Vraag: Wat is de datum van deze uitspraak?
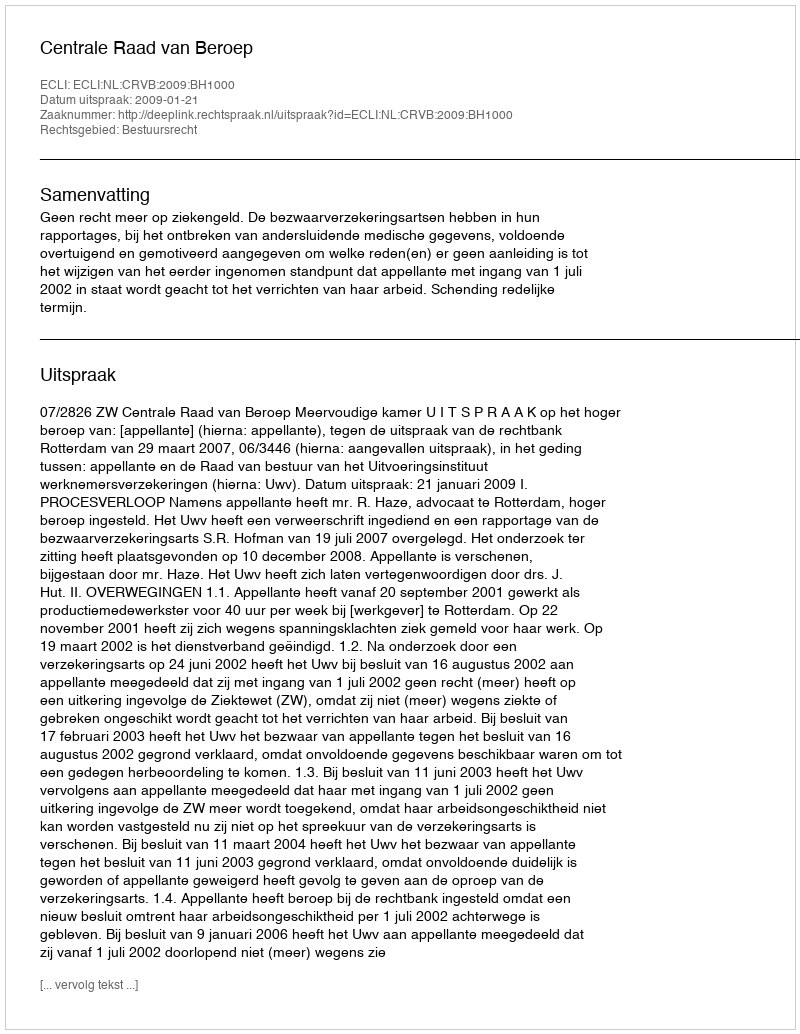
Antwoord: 2009-01-21